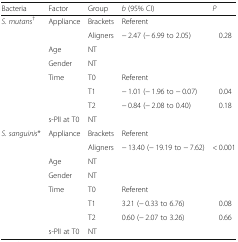
<table><thead><tr><td><b>Bacteria</b></td><td><b>Factor</b></td><td><b>Group</b></td><td><b><i>b</i> (95% CI)</b></td><td><b><i>P</i></b></td></tr></thead><tbody><tr><td rowspan="8"><i>S</i>. <i>mutans</i><sup>†</sup></td><td>Appliance</td><td>Brackets</td><td>Referent</td><td></td></tr><tr><td></td><td>Aligners</td><td>− 2.47 (− 6.99 to 2.05)</td><td>0.28</td></tr><tr><td>Age</td><td>NT</td><td></td><td></td></tr><tr><td>Gender</td><td>NT</td><td></td><td></td></tr><tr><td>Time</td><td>T0</td><td>Referent</td><td></td></tr><tr><td></td><td>T1</td><td>− 1.01 (− 1.96 to − 0.07)</td><td>0.04</td></tr><tr><td></td><td>T2</td><td>− 0.84 (− 2.08 to 0.40)</td><td>0.18</td></tr><tr><td>s-PlI at T0</td><td>NT</td><td></td><td></td></tr><tr><td rowspan="8"><i>S</i>. <i>sanguinis</i>*</td><td>Appliance</td><td>Brackets</td><td>Referent</td><td></td></tr><tr><td></td><td>Aligners</td><td>− 13.40 (− 19.19 to − 7.62)</td><td>&lt; 0.001</td></tr><tr><td>Age</td><td>NT</td><td></td><td></td></tr><tr><td>Gender</td><td>NT</td><td></td><td></td></tr><tr><td>Time</td><td>T0</td><td>Referent</td><td></td></tr><tr><td></td><td>T1</td><td>3.21 (− 0.33 to 6.76)</td><td>0.08</td></tr><tr><td></td><td>T2</td><td>0.60 (− 2.07 to 3.26)</td><td>0.66</td></tr><tr><td>s-PlI at T0</td><td>NT</td><td></td><td></td></tr></tbody></table>